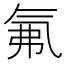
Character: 氟